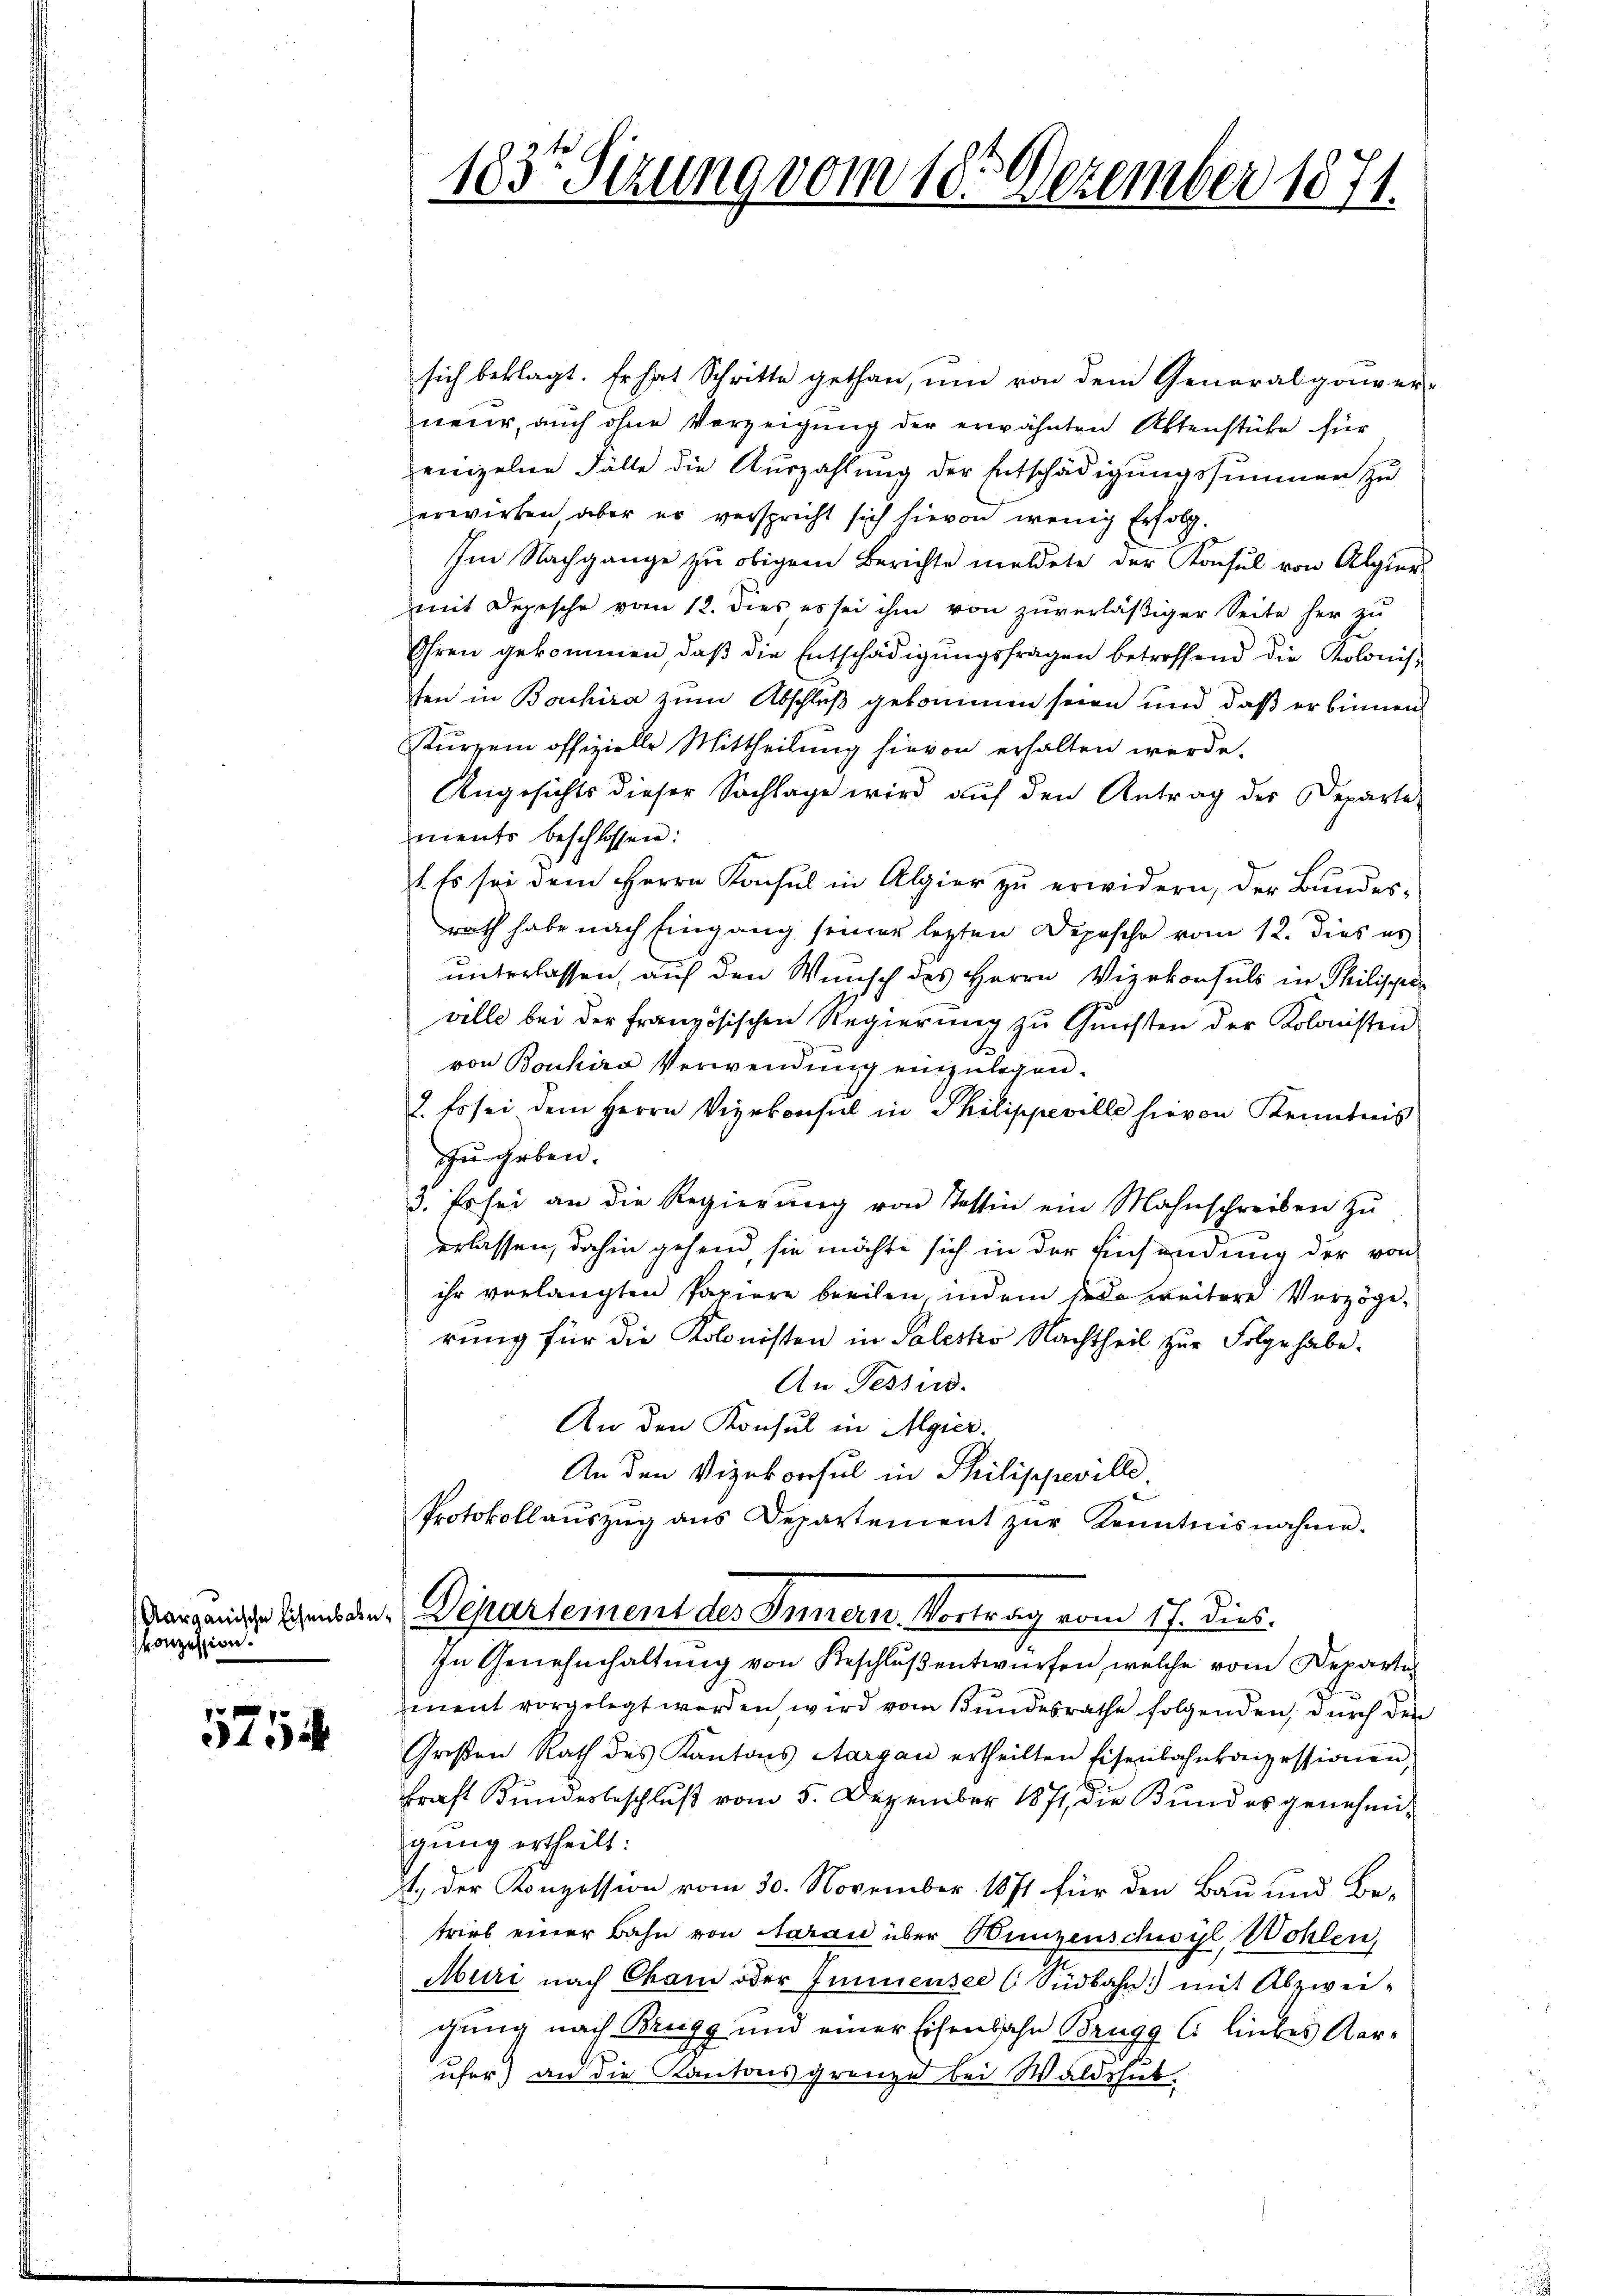
konzession.

1254

1835 Sizung vom 18. Dezember 1871.

sich beklagt. Er hat Schritte gethan, ŭm von dem Generalgouver-
neur, auch ohne Verzeigung der erwähnten Aktenstüke für
einzelne Fälle die Auszahlung der Entschädigungssummen zu
erwirken, aber er verspricht sich hievon wenig Erfolg.
Im Nachgange zu obigem Berichte meldete der Konsul von Algier
mit Depesche vom 12. dies es sei ihm von zuverläßiger Seite her zu
Ohren gekommen, daβ die Entschädigŭngsfragen betreffend die Kolonis
ten in Bouchira zum Abschluß gekommen seien und daß er binnen
Kurzem offizielle Mittheilung hievon erhalten werde.
Angesichts dieser Sachlage wird auf den Antrag des Departe
ments beschlossen:
1. Es sei dem Herrn Konsul in Algier zu erwidern, der Bundes-
rath habe nach Eingang seiner letzten Deposche vom 12. dies es
unterlassen, auf den Wunsch des Herrn Vizekonsuls in Philische
ville bei der Französischen Regierung zu Gunsten der Kolonisten
von Bonhira Verwendung einzulegen.
8. Es sei dem Herrn Vizekonsul in Philippeville hievon Kenntnis
zu heben.
3. Es sei an die Regierŭng von Tessin ein Mahnschreiben zŭ
erlassen, dahin gehend, sie möchte sich in der Einsendung der von
ihr verlangten Papiere breihen, indem der weitere Verzöge,
rung für die Kolonisten in Solesko Nachtheil zur Folge habe.
An Tessid.
An den Konsul in Algier.
An den Vizekonsul in Philippeville.
Protokollaŭszŭg ans Departement zŭr Kenntnisnahme.
Vorganische Schenden. Departement des Innern. Vortrag vom 17. dies.
In Genehmhaltung von Beschluß entwürfen, welche vom Departedmnent vorgelegt werden, wird vom Bundesrathe folgenden, durch den
Großen Rath des Kantons Aargau ertheilten Eisenbahnkonzessionen,
kraft Bundesbeschluß vom 5. Dezember 1871, die Bund es genehmigŭng ertheilt:
1.) Der Konzession vom 30. November 1871 für den Bau und Be-
trieb einer Bahn von Aarau über Winzenschwyl, Wohlen,
Muri nach Cham oder Emmensee (Südbahn mit Abzwei-
gung nach Brugg und einer Eisenbahn Brugg 6 liebes Kerufer) an die Kantonsgrenze bei Waldshut.